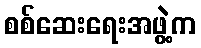
စစ်ဆေးရေးအဖွဲ့က